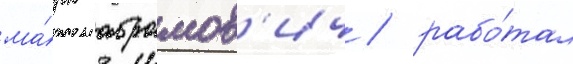
ма́рк абрамов'ич / рабо́тал